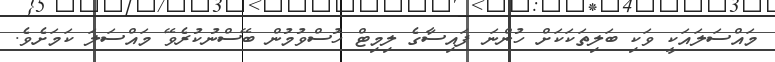
މައްސަލައަކީ ވަކި ބަލިތަކަކަށް ހުންނަ ފައިސާގެ ލިމިޓް ހުސްވުމުން ބޭސްނުކުރެވޭ މައްސަލަ ކަމަށެވެ.